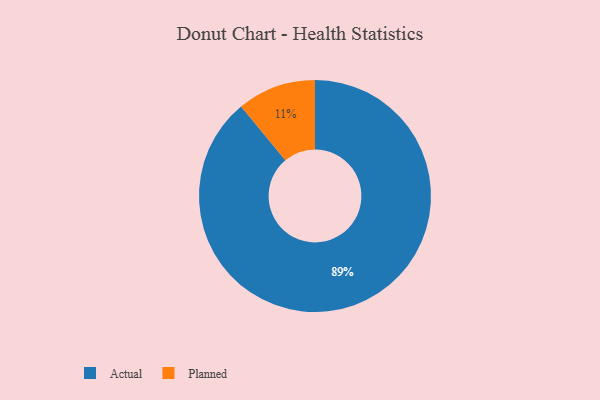
{"axis": {"x": "Category", "y": "Percentage"}, "legend": ["Actual", "Planned"], "data": [{"x": "Actual", "y": 89, "type": "Actual"}, {"x": "Planned", "y": 11, "type": "Planned"}]}